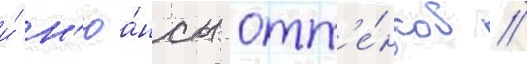
и́ н'юа́нсы отт'е́нков //